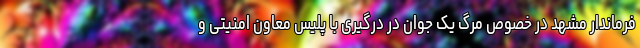
فرماندار مشهد در خصوص مرگ یک جوان در درگیری با پلیس معاون امنیتی و